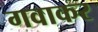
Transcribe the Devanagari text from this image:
गवाकर